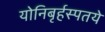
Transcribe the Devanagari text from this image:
योनिबृर्हस्पतये